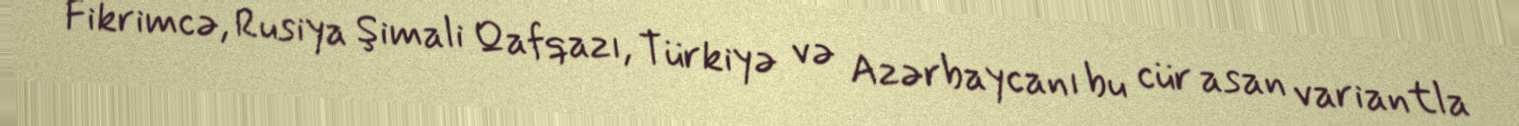
Fikrimcə, Rusiya Şimali Qafqazı, Türkiyə və Azərbaycanı bu cür asan variantla